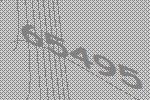
65495